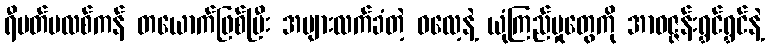
ရီပတ်ပလစ်ကန် တယောက်ဖြစ်ပြီး အများလက်ခံတဲ့ ဓလေ့နဲ့ ယုံကြည်မှုတွေကို အာဝဇ္ဇန်းရွှင်ရွှင်နဲ့